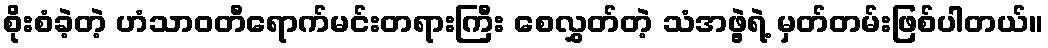
စိုးစံခဲ့တဲ့ ဟံသာဝတီရောက်မင်းတရားကြီး စေလွှတ်တဲ့ သံအဖွဲ့ရဲ့ မှတ်တမ်းဖြစ်ပါတယ်။